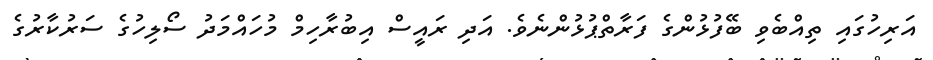
އަރިހުގައި ތިއްބެވި ބޭފުޅުންގެ ފަރާތްޕުޅުންނެވެ. އަދި ރައީސް އިބުރާހިމް މުހައްމަދު ސޯލިހުގެ ސަރުކާރުގެ